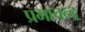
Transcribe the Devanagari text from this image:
प्रभाचन्द्र